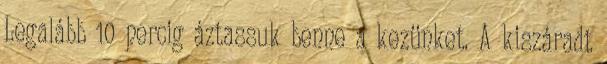
Legalább 10 percig áztassuk benne a kezünket. A kiszáradt